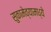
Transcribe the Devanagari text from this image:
सुकामेव्यामध्ये